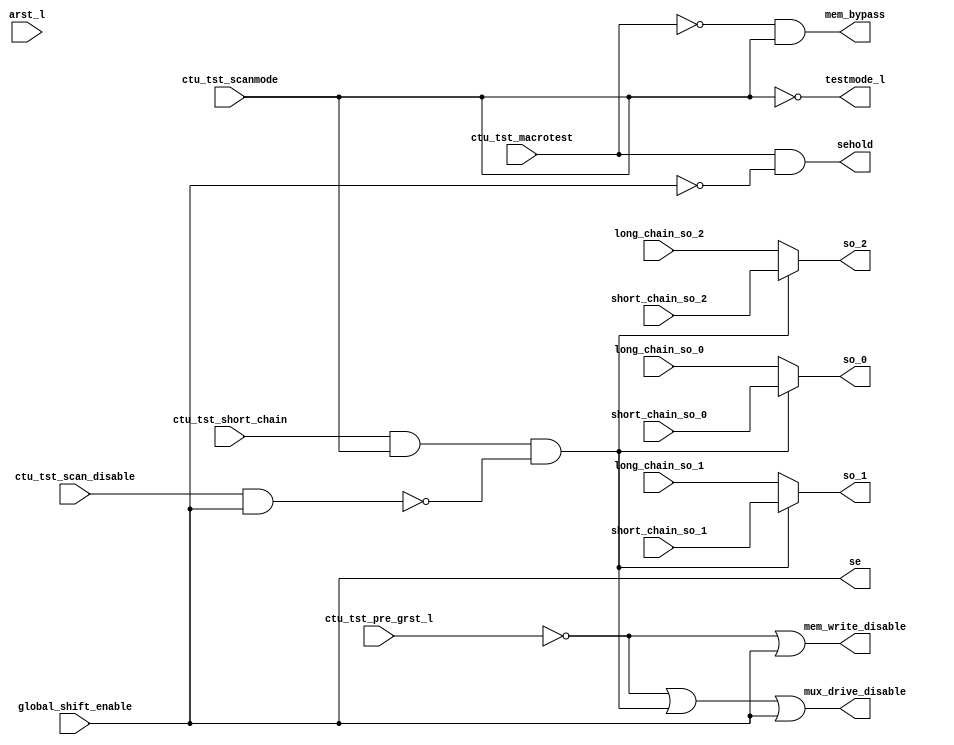
// ========== Copyright Header Begin ==========================================
// 
// OpenSPARC T1 Processor File: test_stub_scan.v
// Copyright (c) 2006 Sun Microsystems, Inc.  All Rights Reserved.
// DO NOT ALTER OR REMOVE COPYRIGHT NOTICES.
// 
// The above named program is free software; you can redistribute it and/or
// modify it under the terms of the GNU General Public
// License version 2 as published by the Free Software Foundation.
// 
// The above named program is distributed in the hope that it will be 
// useful, but WITHOUT ANY WARRANTY; without even the implied warranty of
// MERCHANTABILITY or FITNESS FOR A PARTICULAR PURPOSE.  See the GNU
// General Public License for more details.
// 
// You should have received a copy of the GNU General Public
// License along with this work; if not, write to the Free Software
// Foundation, Inc., 51 Franklin St, Fifth Floor, Boston, MA 02110-1301, USA.
// 
// ========== Copyright Header End ============================================
// ____________________________________________________________________________
//
//  test_stub_bist - Test Stub with Scan Support
// ____________________________________________________________________________
//
// Description: DBB interface for test signal generation
// ____________________________________________________________________________

module test_stub_scan (/*AUTOARG*/
// Outputs
mux_drive_disable, mem_write_disable, sehold, se, testmode_l, 
mem_bypass, so_0, so_1, so_2, 
// Inputs
ctu_tst_pre_grst_l, arst_l, global_shift_enable, 
ctu_tst_scan_disable, ctu_tst_scanmode, ctu_tst_macrotest, 
ctu_tst_short_chain, long_chain_so_0, short_chain_so_0, 
long_chain_so_1, short_chain_so_1, long_chain_so_2, short_chain_so_2
);

   input        ctu_tst_pre_grst_l;
   input        arst_l;                // no longer used
   input        global_shift_enable;
   input        ctu_tst_scan_disable;  // redefined as pin_based_scan
   input        ctu_tst_scanmode;
   input 	ctu_tst_macrotest;
   input 	ctu_tst_short_chain;
   input 	long_chain_so_0;
   input 	short_chain_so_0;
   input 	long_chain_so_1;
   input 	short_chain_so_1;
   input 	long_chain_so_2;
   input 	short_chain_so_2;
   
   output 	mux_drive_disable;
   output 	mem_write_disable;
   output 	sehold;
   output 	se;
   output 	testmode_l;
   output 	mem_bypass;
   output 	so_0;
   output 	so_1;
   output 	so_2;

   wire         pin_based_scan;
   wire         short_chain_en;
   wire         short_chain_select;

   // INTERNAL CLUSTER CONNECTIONS
   //
   // Scan Chain Hookup
   // =================
   //
   // Scan chains have two configurations: long and short.
   // The short chain is typically the first tenth of the
   // long chain. The short chain should contain memory
   // collar flops for deep arrays. The CTU determines
   // which configuration is selected. Up to three chains
   // are supported.
   //
   // The scanout connections from the long and short
   // chains connect to the following inputs:
   //
   // long_chain_so_0, short_chain_so_0 (mandatory)
   // long_chain_so_1, short_chain_so_1 (optional)
   // long_chain_so_2, short_chain_so_2 (optional)
   //
   // The test stub outputs should connect directly to the
   // scanout port(s) of the cluster:
   //
   // so_0 (mandatory), so_1 (optional), so_2 (optional)
   //
   //
   // Static Output Signals
   // =====================
   //
   // testmode_l
   //
   // Local testmode control for overriding gated
   // clocks, asynchronous resets, etc. Asserted
   // for all shift-based test modes.
   //
   // mem_bypass
   //
   // Memory bypass control for arrays without output
   // flops. Allows testing of shadow logic. Asserted
   // for scan test; de-asserted for macrotest.
   //
   //
   // Dynamic Output Signals
   // ======================
   //
   // sehold
   //
   // The sehold signal needs to be set for macrotest
   // to allow holding flops in the array collars
   // to retain their shifted data during capture.
   // Inverted version of scan enable during macrotest.
   //
   // mux_drive_disable (for mux/long chain protection)
   //
   // Activate one-hot mux protection circuitry during
   // scan shift and reset. Formerly known as rst_tri_en.
   // Also used by long chain memories with embedded
   // control.
   //
   // mem_write_disable (for short chain protection)
   //
   // Protects contents of short chain memories during
   // shift and POR.
   //
   // se

   assign  mux_drive_disable  = ~ctu_tst_pre_grst_l | short_chain_select | se;
   assign  mem_write_disable  = ~ctu_tst_pre_grst_l | se;
   assign  sehold             = ctu_tst_macrotest & ~se;
   assign  se                 = global_shift_enable;
   assign  testmode_l         = ~ctu_tst_scanmode;
   assign  mem_bypass         = ~ctu_tst_macrotest & ~testmode_l;
   assign  pin_based_scan     = ctu_tst_scan_disable;
   assign  short_chain_en     = ~(pin_based_scan & se);
   assign  short_chain_select = ctu_tst_short_chain & ~testmode_l & short_chain_en;
   assign  so_0               = short_chain_select ? short_chain_so_0 : long_chain_so_0;
   assign  so_1               = short_chain_select ? short_chain_so_1 : long_chain_so_1;
   assign  so_2               = short_chain_select ? short_chain_so_2 : long_chain_so_2;
   
endmodule // test_stub_scan